Medical and sanitary report of the native army of Madras for the year
Year: 1876
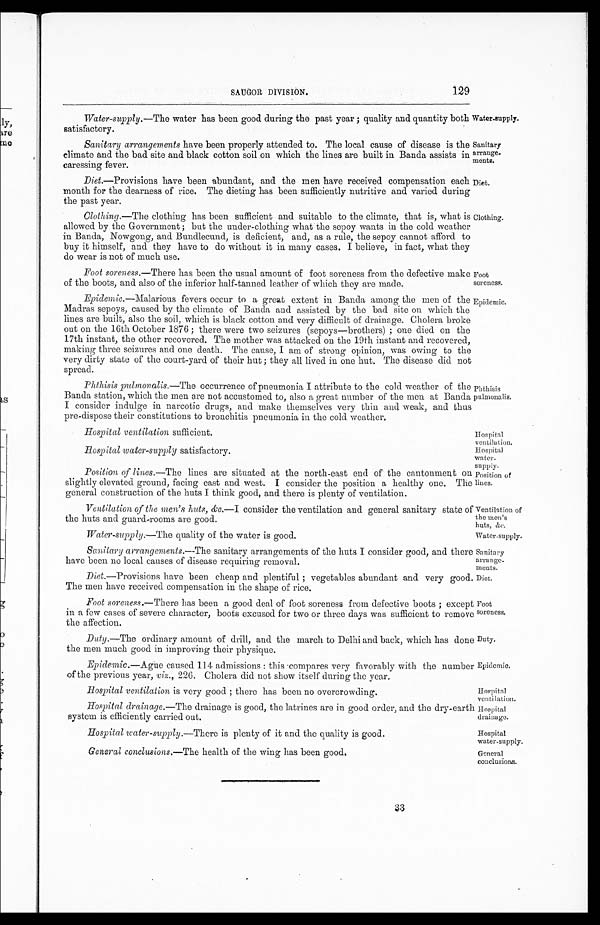
SAUGOR DIVISION.
129
Sanitary
arrange
- m e n t s .
Diet.
Foot
soreness.
Epidemic.
Hospital ventilation sufficient.
Hospital
ventilation.
Hospital
water
-supply.
Position of
lines.
Ventilation of
the men's
huts, &c.
Water-supply.
Sanitary
arrange
- m e n t s .
Diet.
Foot
soreness.
Duty.
Epidemic.
Hospital
water-supply.
General
conclusions.
Water-supply.— The water has been good during the past year; quality and quantity both
satisfactory.
Water-supply.
Sanitary arrangements have been properly attended to. The local cause of disease is the
climate and the bad site and black cotton soil on which the lines are built in Banda assists in
caressing fever.
Diet .—Provisions have been abundant, and the men have received compensation each
month for the dearness of rice. The dieting has been sufficiently nutritive and varied during
the past year.
Clothing.—The clothing has been sufficient and suitable to the climate, that is, what is
allowed by the Government; but the under-clothing what the sepoy wants in the cold weather
in Banda, Nowgong, and Bundlecund, is deficient, and, as a rule, the sepoy cannot afford to
buy it himself, and they have to do without it in many cases. I believe, in fact, what they
do wear is not of much use.
Foot soreness.—There has been the usual amount of foot soreness from the defective make
of the boots, and also of the inferior half-tanned leather of which they are made.
Epidemic.—Malarious fevers occur to a great extent in Banda among the men of the
Madras sepoys, caused by the climate of Banda and assisted by the bad site on which the
lines are built, also the soil, which is black cotton and very difficult of drainage. Cholera broke
out on the 16th October 1876; there were two seizures (sepoys—brothers); one died on the
17th instant, the other recovered. The mother was attacked on the 19th instant and recovered,
making three seizures and one death. The cause, I am of strong opinion, was owing to the
very dirty state of the court-yard of their hut; they all lived in one hut. The disease did not
spread.
Phthisis pulmonalis.—The occurrence of pneumonia I attribute to the cold weather of the
Banda station, which the men are not accustomed to, also a great number of the men at Banda
I consider indulge in narcotic drugs, and make themselves very thin and weak, and th
u s p r e - d i s p o s e t h e i r c o n s t i t u t i o n s t o b r o n c h i t i s p n e u m o n i a i n t h e c o l d w e a t h e r .
Clothing.
Phthisis
pulmonalis.
Hospital water-supply satisfactory.
Position of lines.—The lines are situated at the north-east end of the cantonment on
slightly elevated ground, facing east and west. I consider the position a healthy one. The
general construction of the huts I think good, and there is plenty of ventilation.
Ventilation of the men's huts, &c.—I consider the ventilation and general sanitary state of
the huts and guard-rooms are good.
Water-supply.—The quality of the water is good.
Sanitary arrangements.—The sanitary arrangements of the huts I consider good, and there
have been no local causes of disease requiring removal.
Diet .—Provisions have been cheap and plentiful; vegetables abundant and very good.
The men have received compensation in the shape of rice.
Foot soreness.—There has been a good deal of foot soreness from defective boots; except
in a few cases of severe, character, boots excused for two or three days was sufficient to remove
the affection.
Duty.—The ordinary amount of drill, and the march to Delhi and back, which has done
the men much good in improving their physique.
Epidemic.—Ague caused 114 admissions: this compares very favorably with the number
of the previous year, viz ., 226. Cholera did not show itself during the year.
Hospital ventilation is very good; there has been no overcrowding.
Hospital
ventilation.
Hospital drainage.—The drainage is good, the latrines are in good order, and the dry-earth
system is efficiently carried out.
Hospital
drainage.
Hospital water-supply.— There is plenty of it and the quality is good.
General conclusions.—The health of the wing has been good.
3 3